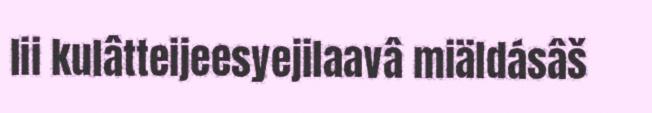
lii kulâtteijeesyejilaavâ miäldásâš